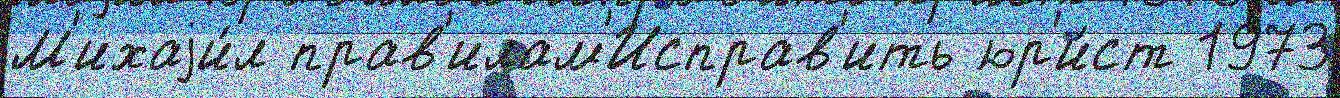
М'ихаjи́л прав'илам'Исправ'ить юр'и́ст 1973